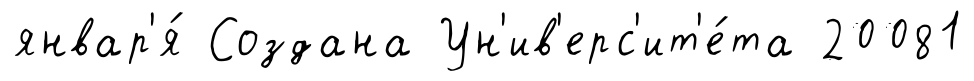
январ'я́ Создана Ун'ив'ерс'ит'е́та 20081